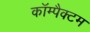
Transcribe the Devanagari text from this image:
कॉम्पैक्टम